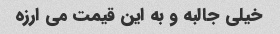
خیلی جالبه و به این قیمت می ارزه